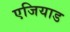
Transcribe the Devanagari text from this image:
एजियाड